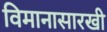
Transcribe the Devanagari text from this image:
विमानासारखी